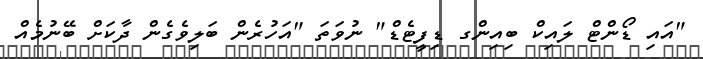
"އައި ޑޯންޓް ލައިކް ބިއިންގ ޑިފީޓެޑް" ނުވަތަ "އަހުރެން ބަލިވެގެން ދާކަށް ބޭނުމެއް